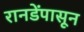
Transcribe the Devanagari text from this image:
रानडेंपासून